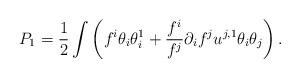
LaTeX: \begin{align*}P_1 = \frac12 \int \left( f^i \theta_i \theta_i^1 + \frac{f^i}{f^j} \partial_i f^j u^{j,1} \theta_i \theta_j \right) .\end{align*}